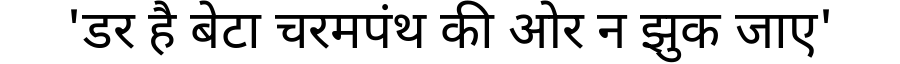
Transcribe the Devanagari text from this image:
'डर है बेटा चरमपंथ की ओर न झुक जाए'